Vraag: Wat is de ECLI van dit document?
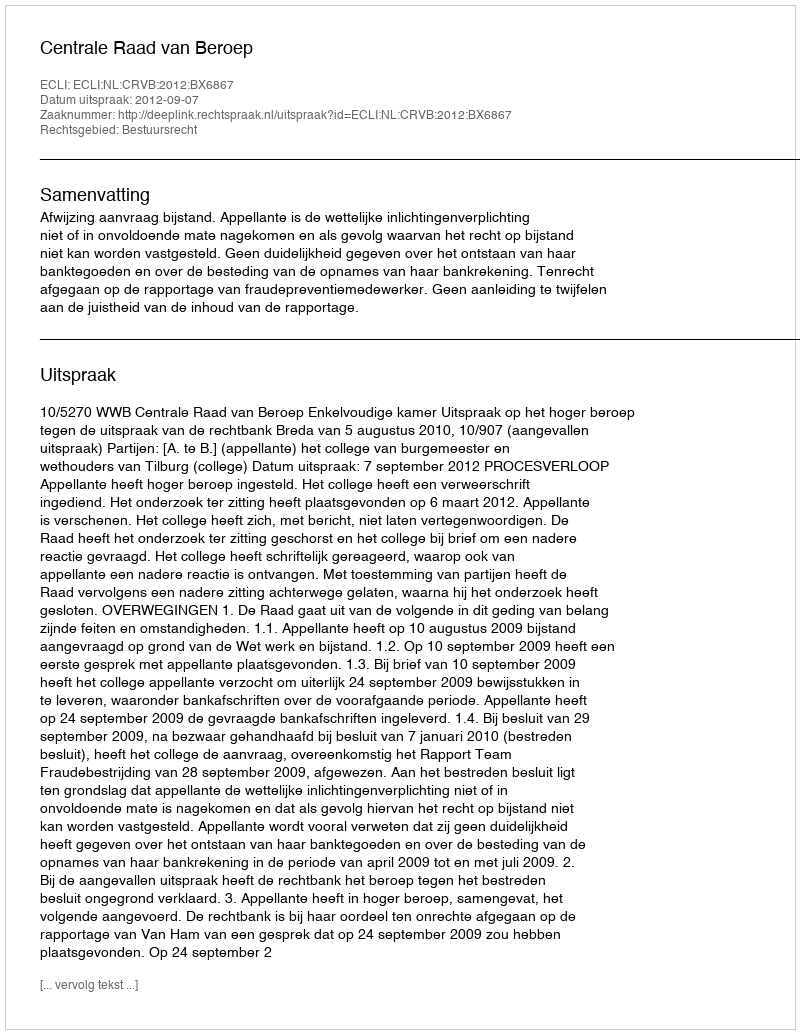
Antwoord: ECLI:NL:CRVB:2012:BX6867